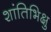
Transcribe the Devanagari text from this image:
शांतिभिक्षु